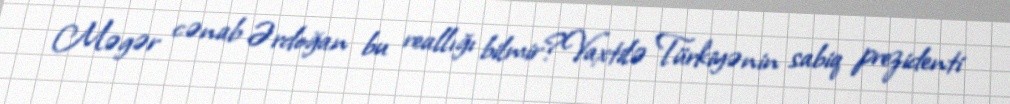
Məgər cənab Ərdoğan bu reallığı bilmir?Vaxtilə Türkiyənin sabiq prezidenti